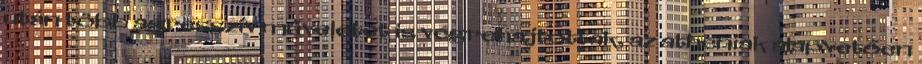
után több agresszív műveletet is végrehajtottak, az athéniak alapvetően